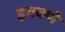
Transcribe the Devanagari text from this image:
हगवणे